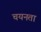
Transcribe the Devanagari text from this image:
चयनता